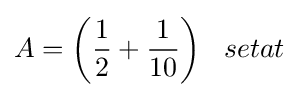
A={\bigg (}{\frac {1}{2}}+{\frac {1}{10}}{\bigg )}\;\;\;setat